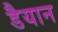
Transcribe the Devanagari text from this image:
डैयान